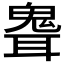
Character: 𩲽